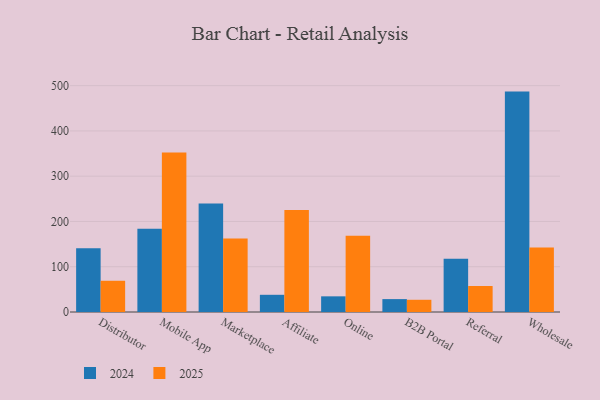
{"axis": {"x": "Channel", "y": "Temperature (°C)"}, "legend": ["2024", "2025"], "data": [{"x": "Distributor", "y": 140.6, "type": "2024"}, {"x": "Distributor", "y": 69.0, "type": "2025"}, {"x": "Mobile App", "y": 183.9, "type": "2024"}, {"x": "Mobile App", "y": 352.6, "type": "2025"}, {"x": "Marketplace", "y": 239.8, "type": "2024"}, {"x": "Marketplace", "y": 162.2, "type": "2025"}, {"x": "Affiliate", "y": 38.0, "type": "2024"}, {"x": "Affiliate", "y": 225.4, "type": "2025"}, {"x": "Online", "y": 34.6, "type": "2024"}, {"x": "Online", "y": 168.2, "type": "2025"}, {"x": "B2B Portal", "y": 28.5, "type": "2024"}, {"x": "B2B Portal", "y": 27.0, "type": "2025"}, {"x": "Referral", "y": 117.6, "type": "2024"}, {"x": "Referral", "y": 57.4, "type": "2025"}, {"x": "Wholesale", "y": 486.9, "type": "2024"}, {"x": "Wholesale", "y": 142.6, "type": "2025"}]}